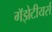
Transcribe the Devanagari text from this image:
गॅझेटीयर्स